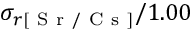
\sigma _ { r [ \mathrm { ~ S ~ r ~ / ~ C ~ s ~ } ] } / 1 . 0 0